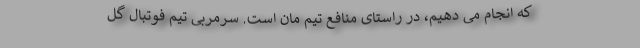
که انجام می دهیم، در راستای منافع تیم مان است. سرمربی تیم فوتبال گل